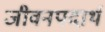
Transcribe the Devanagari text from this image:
जीवनपदार्थ